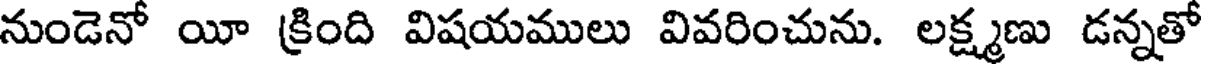
నుండెనో యీ క్రింది విషయములు వివరించును. లక్ష్మణు డన్నతో